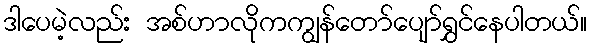
ဒါပေမဲ့လည်း အစ်ဟာလိုကကျွန်တော်ပျော်ရွှင်နေပါတယ်။